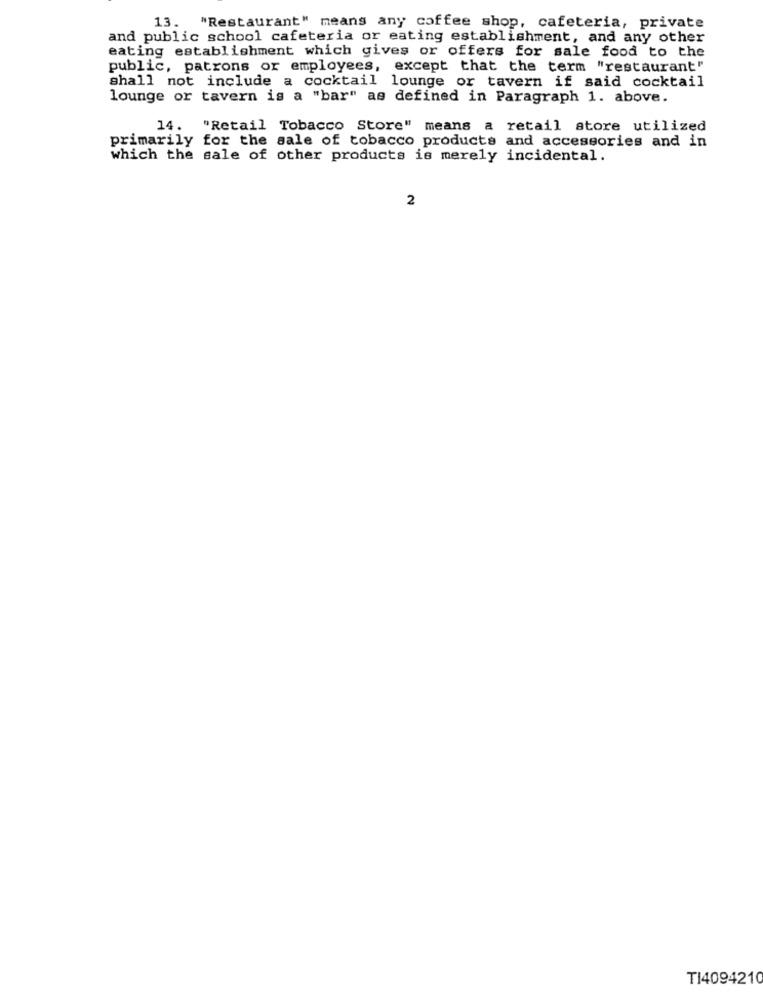
13. "Restaurant" means any coffee shop, cafeteria, private
and public school cafeteria or eating establishment, and any other
eating establishment which gives or offers for sale food to the
public, patrons or employees, except that the term "restaurant"
shall not include a cocktail lounge or tavern if said cocktail
lounge or tavern is a "bar" as defined in Paragraph 1. above.
14.
"Retail Tobacco Store" means a retail store utilized
primarily for the sale of tobacco products and accessories and in
which the sale of other products is merely incidental.
2
T14094210